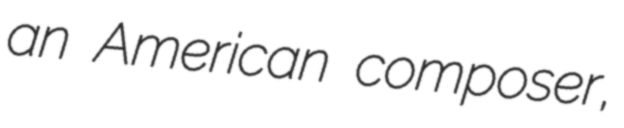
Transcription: an American composer,